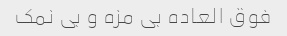
فوق العاده بی مزه و بی نمک